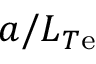
a / L _ { T \mathrm { e } }